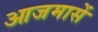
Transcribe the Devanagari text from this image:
आजमासें